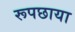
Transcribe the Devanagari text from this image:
रूपछाया